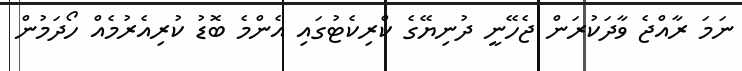
ނަމަ ރާއްޖެ ވާދަކުރަން ޖެހޭނީ ދުނިޔޭގެ ކްރިކެޓުގައި އެންމެ ބޮޑު ކުރިއެރުމެއް ހޯދަމުން